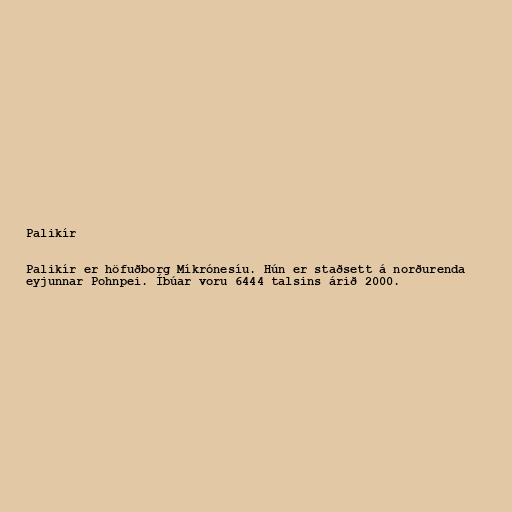
Palikír

Palikír er höfuðborg Míkrónesíu. Hún er staðsett á norðurenda
eyjunnar Pohnpei. Íbúar voru 6444 talsins árið 2000.